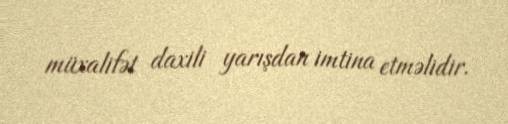
müxalifət daxili yarışdan imtina etməlidir.